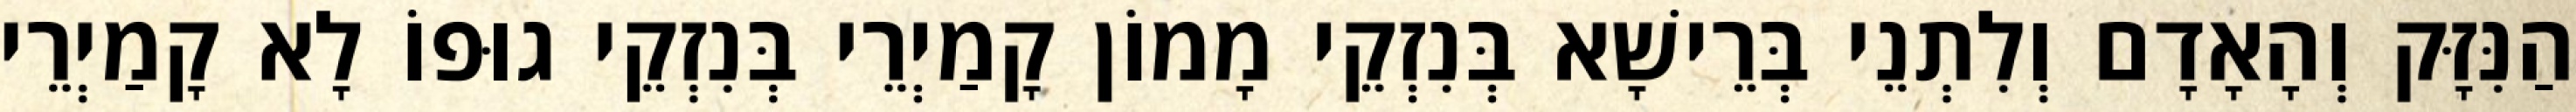
הַנִּזָּק וְהָאָדָם וְלִתְנֵי בְּרֵישָׁא בְּנִזְקֵי מָמוֹן קָמַיְרֵי בְּנִזְקֵי גוּפוֹ לָא קָמַיְרֵי